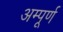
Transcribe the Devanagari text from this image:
अम्पूर्ण